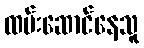
ထမ်းဆောင်နေသူ